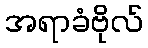
အရာခံဗိုလ်